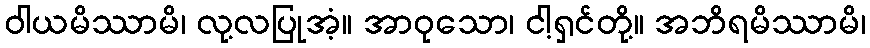
ဝါယမိဿာမိ၊ လု့လပြုအံ့။ အာဝုသော၊ ငါ့ရှင်တို့။ အဘိရမိဿာမိ၊